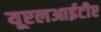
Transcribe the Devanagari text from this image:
यूएलआईटीए